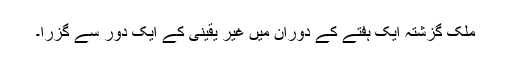
ملک گزشتہ ایک ہفتے کے دوران میں غیر یقینی کے ایک دور سے گزرا۔